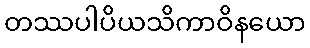
တဿပါပိယသိကာဝိနယော